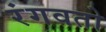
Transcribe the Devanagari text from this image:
रंगवतो